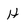
Character: H